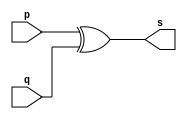
// Exemplo0005 - XOR
// Nome: Vitor Angelo Lima

module xorgate (output [0:3]s, input [0:3]p, input [0:3]q);
	assign s = p ^ q;
endmodule

module testxorgate;
	reg [0:3] a, b;
	wire [0:3] s;
	xorgate XNOR1 (s, a, b);

	initial begin:start
		a=4'b0011;
		b=4'b0101;
	end

	initial begin:main
		$display("Exemplo 0005 - Vitor Angelo Lima - 451621");
		$display("Test XOR gate");
		$display("\na ^ b = s\n");
		$monitor("%b ^ %b = %b", a, b, s);
		#1 a=0; b=0;
		#1 a=4'b0010; b=4'b0001;
		#1 a=4'd1;	b=3;
		#1 a=4'o5;	b=2;
		#1 a=4'hA;	b=3;
		#1 a=4'h9;	b=4'o3;
	end
endmodule